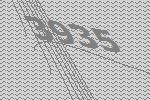
3935